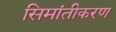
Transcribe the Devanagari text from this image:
सिमांतीकरण